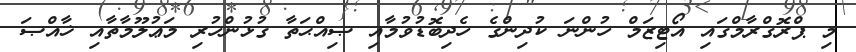
މި ޕްރޮގްރާމްގައި އޯޓިޒަމް ހުންނަ ކުދިންގެ ހެދިބޮޑުވުމާއި ޞިއްޙަތާ ގުޅުންހުރި މަޢުލޫމާތާއި ޚާއްޞަ